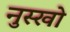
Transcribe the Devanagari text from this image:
नुस्खो